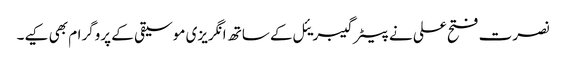
نصرت فتح علی نے پیٹر گیبریئل کے ساتھ انگریزی موسیقی کے پروگرام بھی کیے۔